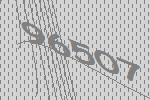
96507